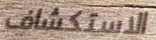
الاستكشاف